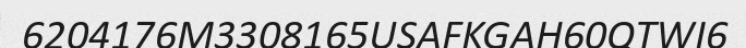
6204176M3308165USAFKGAH60QTWI6